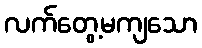
လက်တွေ့မကျသော